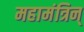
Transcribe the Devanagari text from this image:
महामंत्रिन्‌